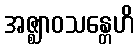
အဇ္ဈာဝသန္တေဟိ